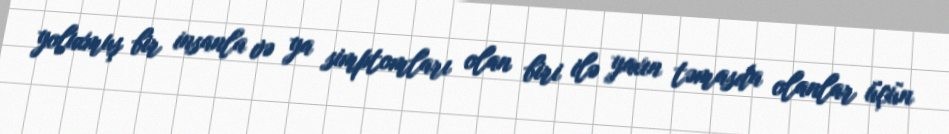
yoluxmuş bir insanla və ya simptomları olan biri ilə yaxın təmasda olanlar üçün